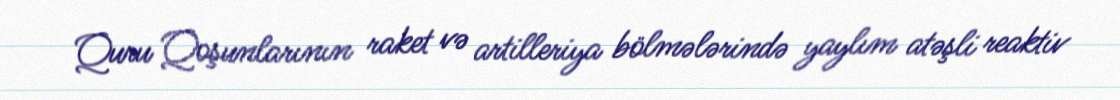
Quru Qoşunlarının raket və artilleriya bölmələrində yaylım atəşli reaktiv